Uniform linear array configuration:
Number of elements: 64
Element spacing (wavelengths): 0.25
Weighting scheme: exponential
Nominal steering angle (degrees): -45
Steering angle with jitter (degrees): -43.968
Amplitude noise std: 0.05
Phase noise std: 0.05

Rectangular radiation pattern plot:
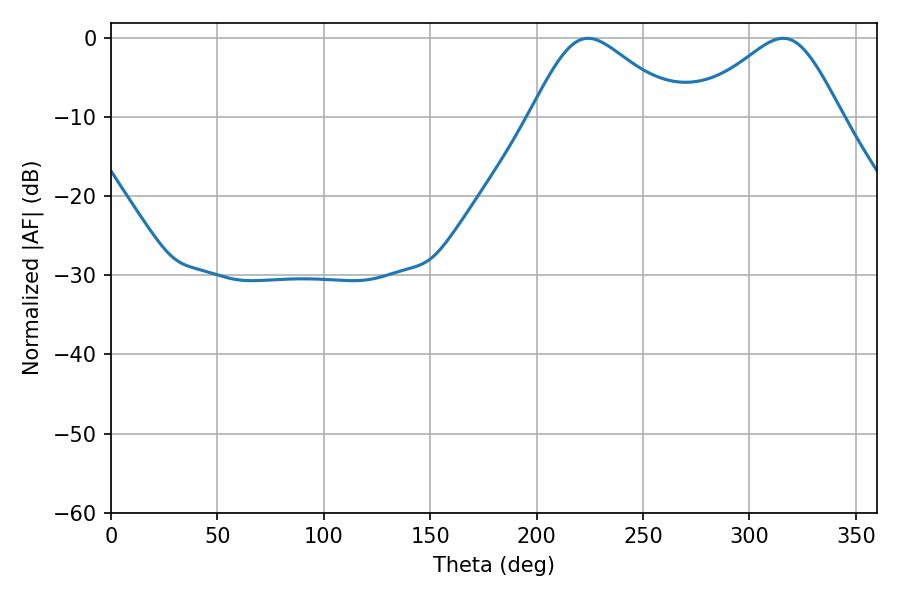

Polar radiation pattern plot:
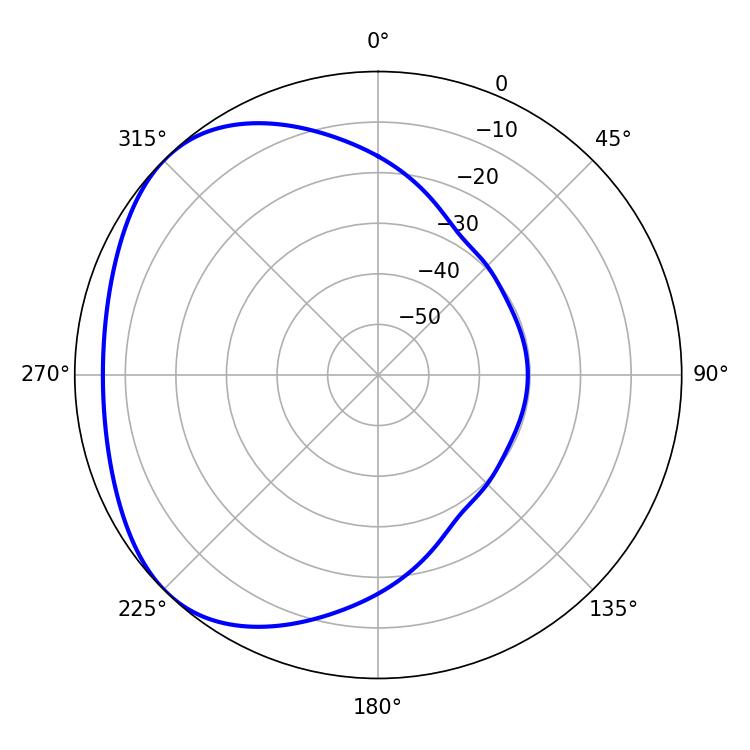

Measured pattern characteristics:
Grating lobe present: FALSE
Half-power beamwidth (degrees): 34.38
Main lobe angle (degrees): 224.1